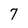
Character: 7